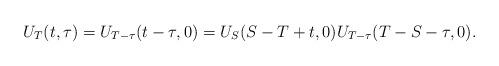
LaTeX: \begin{align*}U_T(t,\tau)=U_{T-\tau}(t-\tau,0)=U_{S}(S-T+t,0)U_{T-\tau}(T-S-\tau,0).\end{align*}